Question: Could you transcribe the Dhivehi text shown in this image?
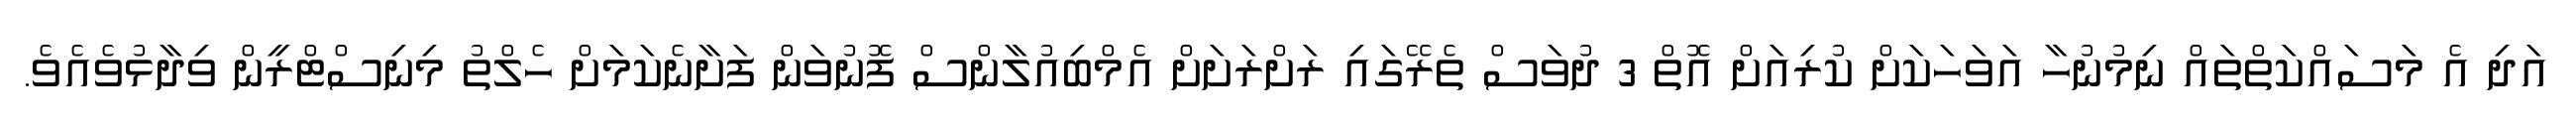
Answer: އަދި އެ މަސައްކަތްތައް ނިމުނުހާ އަވަހަކަށް ކުރިއަށް އޮތް 3 ދުވަސް ތެރޭގައި ރަށްރަށަށް އެމްބިއުލާންސް ފޮނުވަން ފަށާނެކަމަށް ހެލްތު މިނިސްޓްރީން ވިދާޅުވެއެވެ.